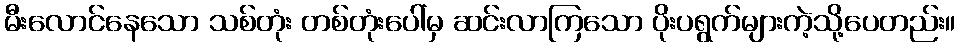
မီးလောင်နေသော သစ်တုံး တစ်တုံးပေါ်မှ ဆင်းလာကြသော ပိုးပရွက်များကဲ့သို့ပေတည်း။